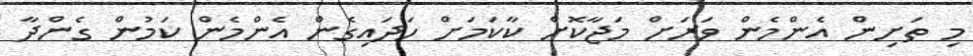
މި ތަށިން އެންމެން ވަރަށް މަޖާކޮށް ކާކަމަށް ހަދައިގެން އެންމެން ކަމުން ގެންދާ